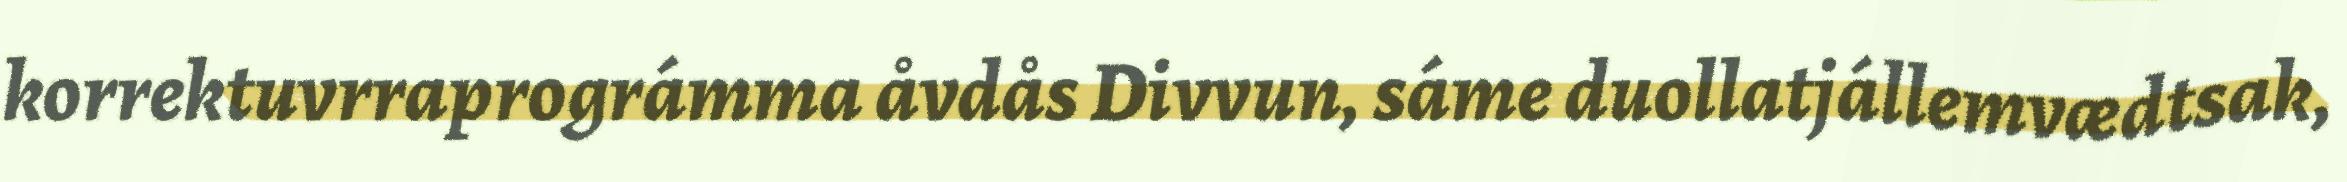
korrektuvrraprográmma åvdås Divvun, sáme duollatjállemvædtsak,